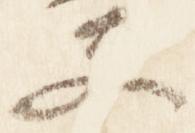
夫